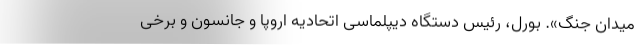
میدان جنگ». بورل، رئیس دستگاه دیپلماسی اتحادیه اروپا و جانسون و برخی